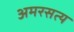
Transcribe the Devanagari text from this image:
अमरसत्य